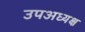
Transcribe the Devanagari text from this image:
उपअध्यक्ष